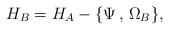
LaTeX: \begin{align*}H_B = H_A - \{ \Psi\,,\,\Omega_B \} , \end{align*}